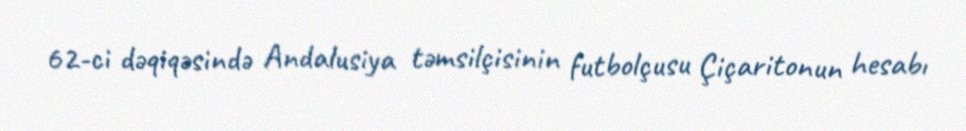
62-ci dəqiqəsində Andalusiya təmsilçisinin futbolçusu Çiçaritonun hesabı